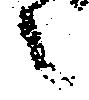
之